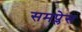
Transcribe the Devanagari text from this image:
समप्लेस